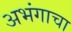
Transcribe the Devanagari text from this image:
अभंगाचा